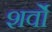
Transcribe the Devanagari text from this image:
शर्वो